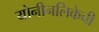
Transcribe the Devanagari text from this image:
योनीनलिकेची